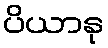
ပိယာနု